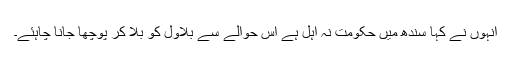
انہوں نے کہا سندھ میں حکومت نہ اہل ہے اس حوالے سے بلاول کو بلا کر پوچھا جانا چاہئے۔